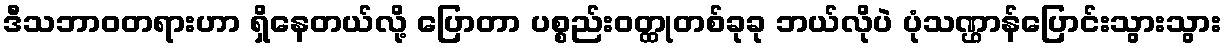
ဒီသဘာဝတရားဟာ ရှိနေတယ်လို့ ပြောတာ ပစ္စည်းဝတ္ထုတစ်ခုခု ဘယ်လိုပဲ ပုံသဏ္ဌာန်ပြောင်းသွားသွား